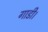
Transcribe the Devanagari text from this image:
गाडी।